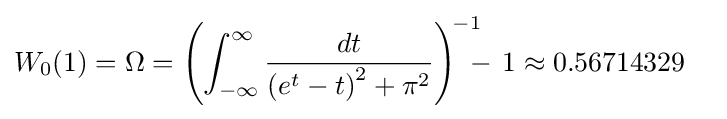
W_{0}(1)=\Omega =\left(\int _{-\infty }^{\infty }{\frac {dt}{\left(e^{t}-t\right)^{2}+\pi ^{2}}}\right)^{\!-1}\!\!\!\!-\,1\approx 0.56714329\quad